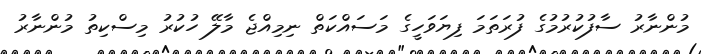
މުންނާރު ސާފުކުރުމުގެ ފުރަތަމަ ފިޔަވަހީގެ މަސައްކަތް ނިމިއްޖެ މާލޭ ހުކުރު މިސްކިތު މުންނާރު